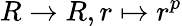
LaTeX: R\to R,r\mapsto r^{p}